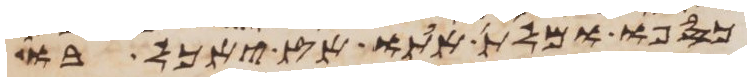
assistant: כספו ומלת אתו אז יאכל בו